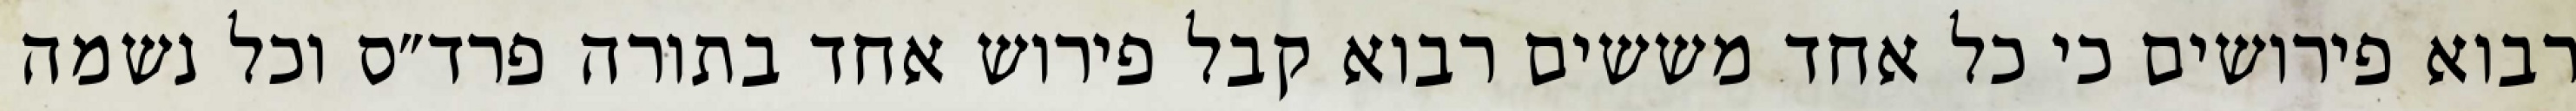
רבוא פירושים כי כל אחד מששים רבוא קבל פירוש אחד בתורה פרד״ס וכל נשמה